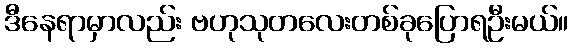
ဒီနေရာမှာလည်း ဗဟုသုတလေးတစ်ခုပြောရဦးမယ်။